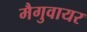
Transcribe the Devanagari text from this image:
मैगुवायर